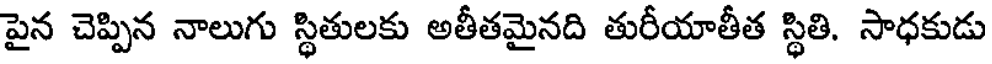
పైన చెప్పిన నాలుగు స్థితులకు అతీతమైనది తురీయాతీత స్థితి. సాధకుడు